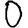
Digit: 0